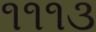
૧૧૧૩